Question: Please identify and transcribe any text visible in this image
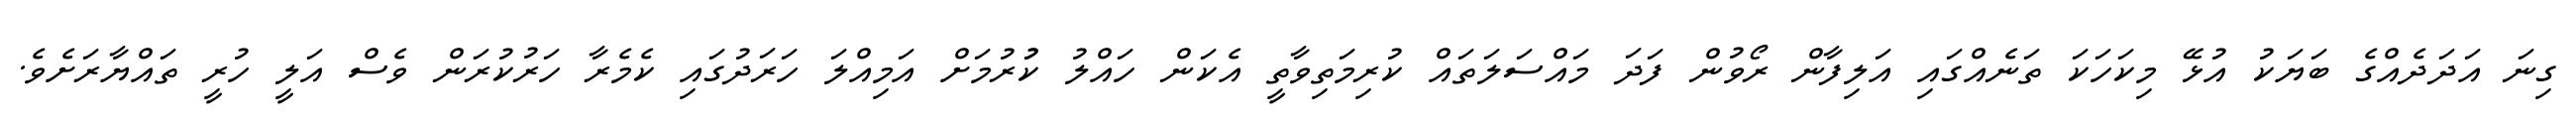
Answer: ގިނަ އަދަދެއްގެ ބަޔަކު އުޅޭ މިކަހަކަ ތަނެއްގައި އަލިފާން ރޯވުން ފަދަ މައްސަލަތައް ކުރިމަތިވާތީ އެކަން ހައްލު ކުުރުމަށް އަމިއްލަ ހަރަދުގައި ކެމެރާ ހަރުކުރަން ވެސް އަލީ ހުރީ ތައްޔާރަށެވެ.